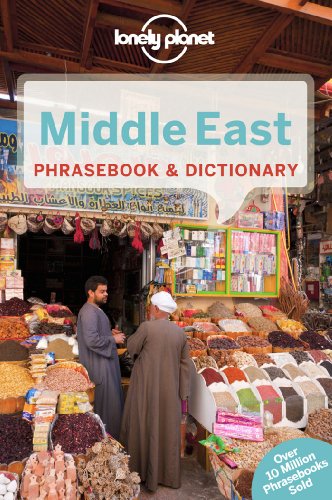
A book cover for Lonely Planet Middle East Phrasebook & Dictionary; Lonely Planet; Travel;